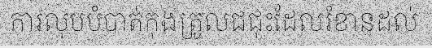
ការលុបបំបាត់កុងត្រូលជជុះដែលរំខានដល់